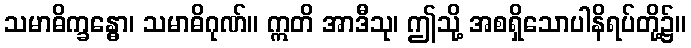
သမာဓိက္ခန္ဓော၊ သမာဓိဂုဏ်။ ဣတိ အာဒီသု၊ ဤသို့ အစရှိသောပါနိရပ်တို့၌။